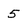
Character: 5